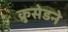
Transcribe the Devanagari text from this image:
क्रुसेडने